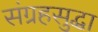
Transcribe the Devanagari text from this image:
संग्रहसुद्धा